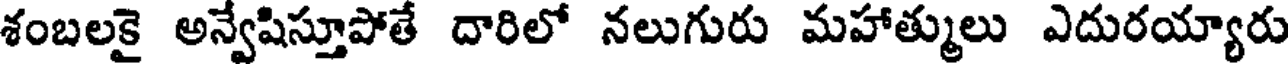
శంబలకై అన్వేషిస్తూపోతే దారిలో నలుగురు మహాత్ములు ఎదురయ్యారు